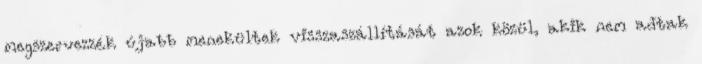
megszervezzék újabb menekültek visszaszállítását azok közül, akik nem adtak